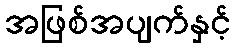
အဖြစ်အပျက်နှင့်